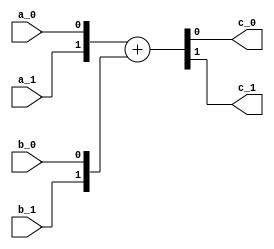
module add2(
  input a_0,
  input a_1,
  input b_0,
  input b_1,
  output c_0,
  output c_1
);

	always @ (*) begin
		{c_1, c_0} = {a_1, a_0} + {b_1, b_0};
	end

endmodule